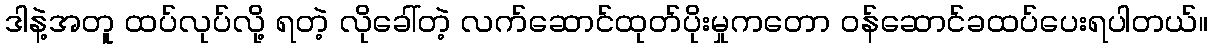
ဒါနဲ့အတူ ထပ်လုပ်လို့ ရတဲ့ လိုခေါ်တဲ့ လက်ဆောင်ထုတ်ပိုးမှုကတော ဝန်ဆောင်ခထပ်ပေးရပါတယ်။